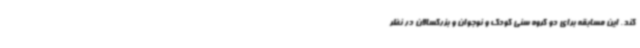
کند. این مسابقه برای دو گروه سنی کودک و نوجوان و بزرگسالان در نظر